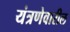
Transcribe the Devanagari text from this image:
यंत्रणेवारील